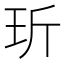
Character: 𤤆